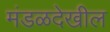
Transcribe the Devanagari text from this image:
मंडळदेखील